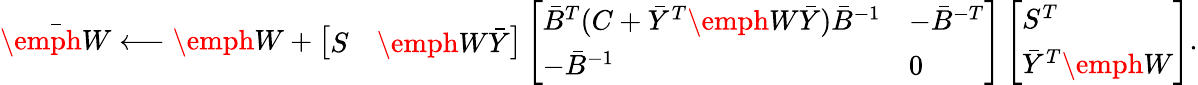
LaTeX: \bar{\emph W}\longleftarrow\emph W+\left[\begin{array}{ll}{S}&{\emph W\bar{Y}}\end{array}\right]\left[\begin{array}{ll}{\bar{B}^{T}(C+\bar{Y}^{T}\emph W\bar{Y})\bar{B}^{-1}}&{-\bar{B}^{-T}}\\ {-\bar{B}^{-1}}&{0}\end{array}\right]\left[\begin{array}{l}{S^{T}}\\ {\bar{Y}^{T}\emph W}\end{array}\right].